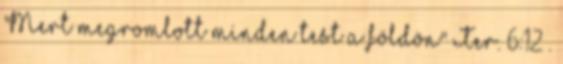
"Mert megromlott minden test a földön" Ter. 6:12 .